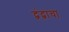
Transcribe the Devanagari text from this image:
द्वंद्वाचा